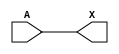
module sky130_fd_sc_hd__buf_5 (
    X,
    A
);
    output X;
    input  A;
    wire buf0_out_X;
    buf buf0 (buf0_out_X, A              );
    buf buf1 (X         , buf0_out_X     );
endmodule